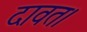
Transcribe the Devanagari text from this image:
दावत।